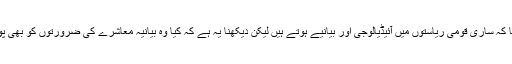
ڈاکٹر جعفر احمد نے بیانیہ پر بات کرتے ہوئے کہا کہ ساری قومی ریاستوں میں آئیڈیالوجی اور بیانیے ہوتے ہیں لیکن دیکھنا یہ ہے کہ کیا وہ بیانیہ معاشرے کی ضرورتوں کو بھی پورا کر رہا ہے ی صرف ریاست کی ضرورت کو؟